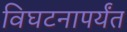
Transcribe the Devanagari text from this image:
विघटनापर्यंत